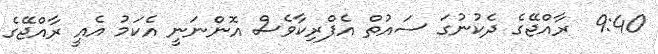
9:40  ރާއްޖޭގެ ދެކުނުގަ ސައުތް އެފްރިކާވެސް އޮންނަނީ އެކަމު އެއީ ރާއްޖޭގެ